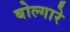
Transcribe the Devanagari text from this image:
बोल्गारे